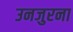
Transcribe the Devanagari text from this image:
उनजुरना